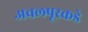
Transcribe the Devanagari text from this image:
अचलपूरकडे